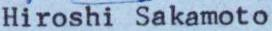
Hiroshi Sakamoto